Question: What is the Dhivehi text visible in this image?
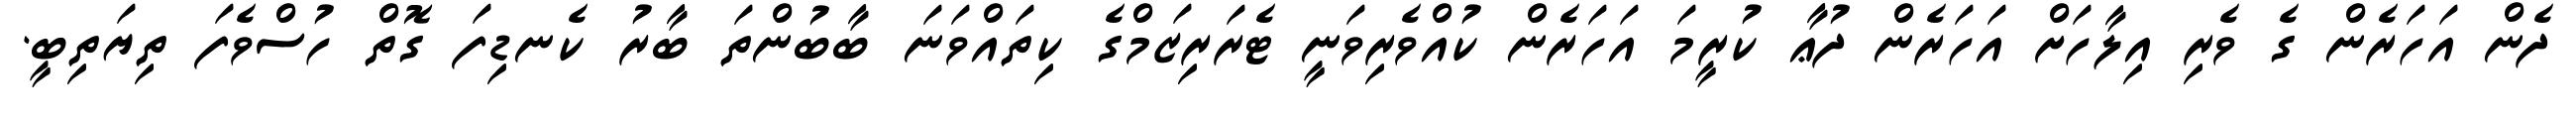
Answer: ދެން އަހަރެން ގެ ވެރި އިލާހަށް އަހަރެން ދުޢާ ކުރީމަ އަހަރެން ކުއްވެރިވަނީ ޓެރަރިޒަމްގެ ކިތައްވަނަ ބާބުންތަ ބާރު ކެނޑިފަ ގޮތް ހުސްވެފަ ތިޔަތިބީ.